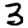
Digit: 3